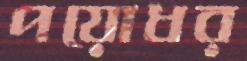
পয়োধর